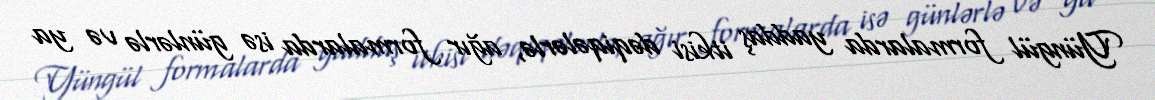
Yüngül formalarda yaddaş itkisi dəqiqələrlə, ağır formalarda isə günlərlə və ya